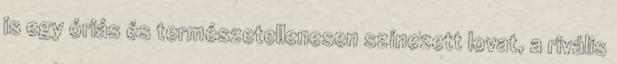
is egy óriás és természetellenesen színezett lovat, a rivális